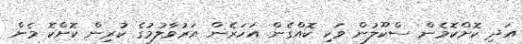
އަދި ކޮށްކޮމެން ސްކޫލުން ވަކި ކޮއްގެން އަހަރެން އަރުވާލުމުގެ ކުރިން ކޮށްކޮ މެން